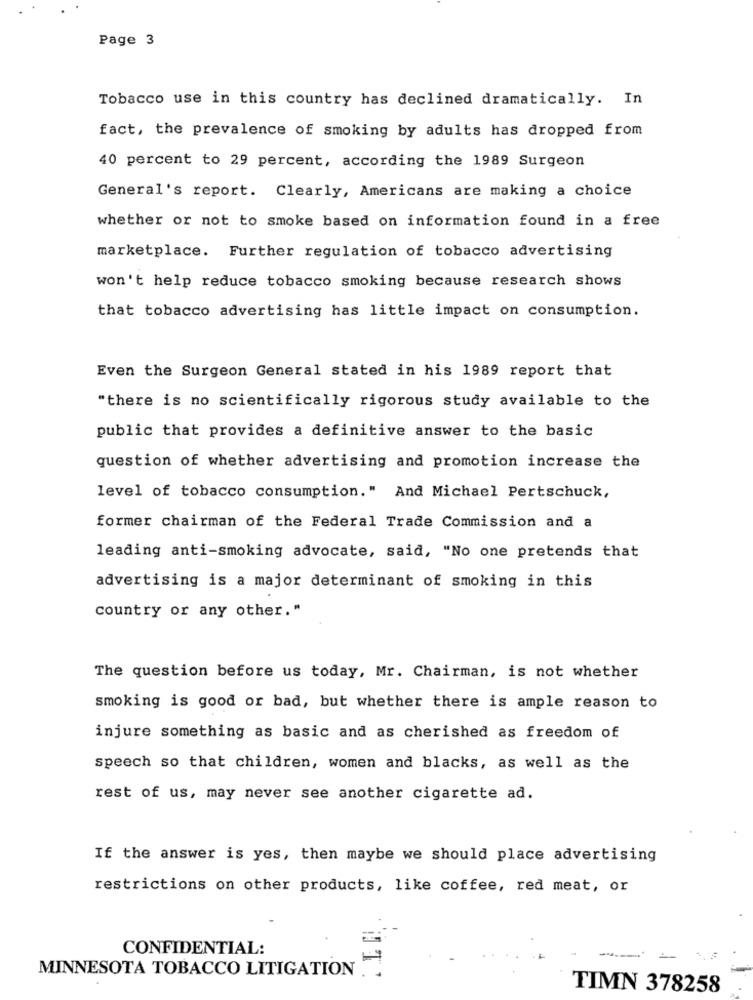
Page 3
Tobacco use in this country has declined dramatically. In
fact, the prevalence of smoking by adults has dropped from
40 percent to 29 percent, according the 1989 Surgeon
General's report. Clearly, Americans are making a choice
whether or not to smoke based on information found in a free
marketplace. Further regulation of tobacco advertising
won't help reduce tobacco smoking because research shows
that tobacco advertising has little impact on consumption.
Even the Surgeon General stated in his 1989 report that
"there is no scientifically rigorous study available to the
public that provides a definitive answer to the basic
question of whether advertising and promotion increase the
level of tobacco consumption." And Michael Pertschuck,
former chairman of the Federal Trade Commission and a
leading anti-smoking advocate, said, "No one pretends that
advertising is a major determinant of smoking in this
country or any other."
The question before us today, Mr. Chairman, is not whether
smoking is good or bad, but whether there is ample reason to
injure something as basic and as cherished as freedom of
speech so that children, women and blacks, as well as the
rest of us, may never see another cigarette ad.
If the answer is yes, then maybe we should place advertising
restrictions on other products, like coffee, red meat, or
CONFIDENTIAL:
MINNESOTA TOBACCO LITIGATION
TIMN 378258